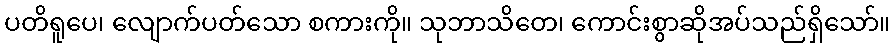
ပတိရူပေ၊ လျောက်ပတ်သော စကားကို။ သုဘာသိတေ၊ ကောင်းစွာဆိုအပ်သည်ရှိသော်။